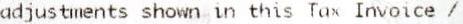
ADJUSTMENTS SHOWN IN THIS TAX INVOICE /